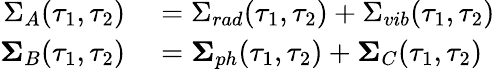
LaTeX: \begin{array}{rl}{\Sigma_{A}(\tau_{1},\tau_{2})}&{{}=\Sigma_{rad}(\tau_{1},\tau_{2})+\Sigma_{vib}(\tau_{1},\tau_{2})}\\ {\mathbf{\Sigma}_{B}(\tau_{1},\tau_{2})}&{{}=\mathbf{\Sigma}_{ph}(\tau_{1},\tau_{2})+\mathbf{\Sigma}_{C}(\tau_{1},\tau_{2})}\end{array}